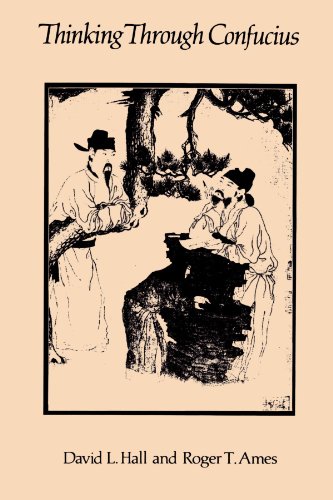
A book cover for Thinking Through Confucius (SUNY Series in Systematic Philosophy); David L. Hall; Religion & Spirituality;